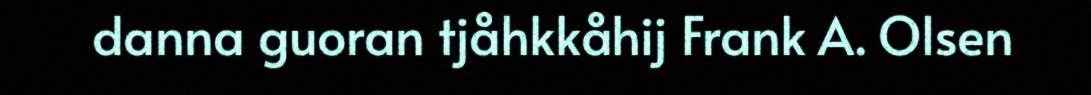
danna guoran tjåhkkåhij Frank A. Olsen